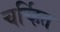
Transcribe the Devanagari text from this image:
चर्च्हित